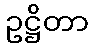
ဥဋ္ဌိတာ